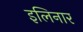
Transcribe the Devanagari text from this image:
इलिनार